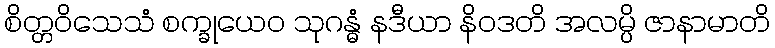
စိတ္တဝိသေသံ စက္ခုယေဝ သုဂန္ဓံ နဒီယာ နိဝဒတိ အလမ္ပိ ဇာနာမာတိ